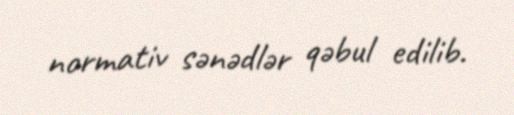
normativ sənədlər qəbul edilib.